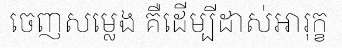
ចេញសម្លេង គឺដើម្បីដាស់អារុក្ខ